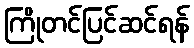
ကြိုတင်ပြင်ဆင်ရန်